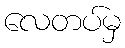
လေတပ်မှ